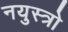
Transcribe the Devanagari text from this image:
नयुस्त्रो